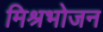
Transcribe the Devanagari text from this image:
मिश्रभोजन